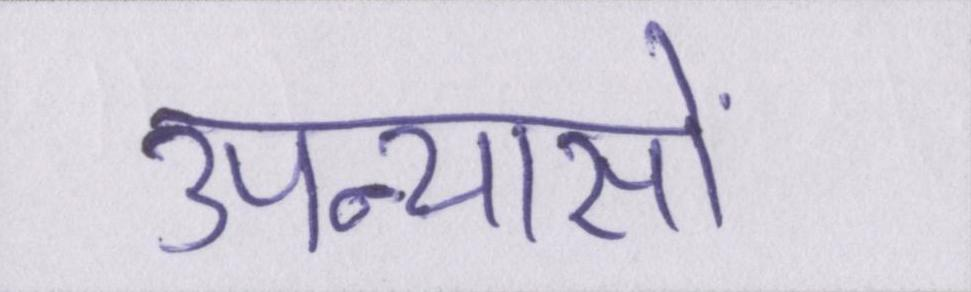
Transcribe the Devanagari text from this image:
उपन्यासों